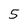
Character: 5